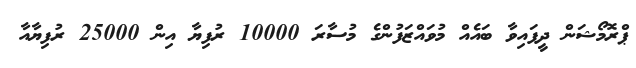
ޕްރޮމޯޝަން ދީފައިވާ ބައެއް މުވައްޒަފުންގެ މުސާރަ 10000 ރުފިޔާ އިން 25000 ރުފިޔާއާ